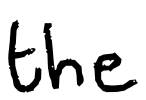
Text: the
Cross-out: clean
Writing tool: digital_black